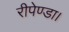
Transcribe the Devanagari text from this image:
रीपेण्डा।